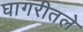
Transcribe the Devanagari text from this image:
घागरीतले